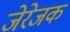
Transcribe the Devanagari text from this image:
जेरेजक